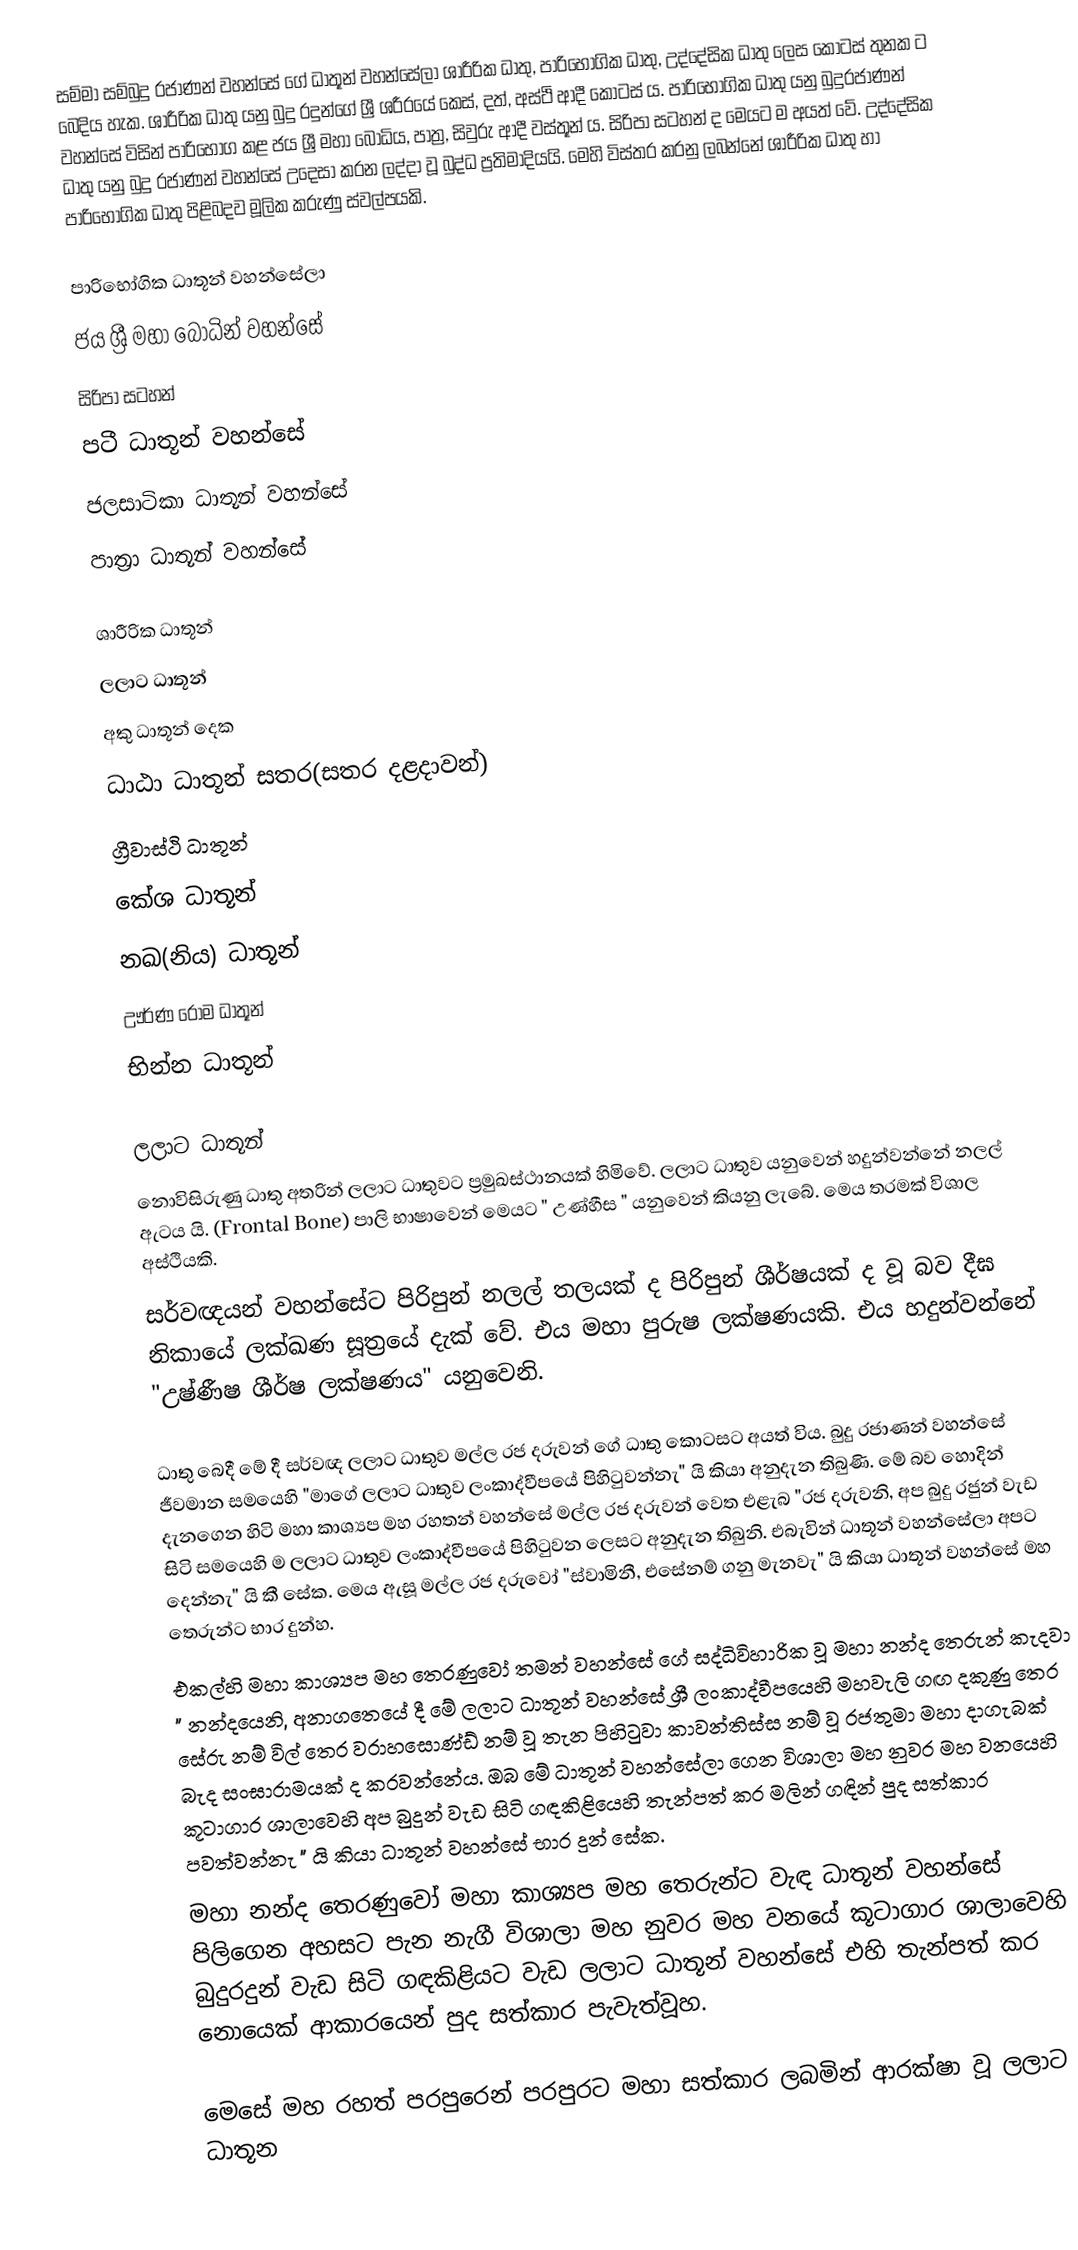
සම්මා සම්බුදු රජාණන් වහන්සේ ගේ ධාතූන් වහන්සේලා ශාරීරික ධාතු, පාරිභෝගික ධාතු, උද්දේසික ධාතු ලෙස කොටස් තුනක ට බෙදිය හැක. ශාරීරික ධාතු යනු බුදු රදුන්ගේ ශ්‍රී ශරීරයේ කෙස්, දත්, අස්ථි ආදී කොටස් ය. පාරිභෝගික ධාතු යනු බුදුරජාණන් වහන්සේ විසින් පාරිභෝග කළ ජය ශ්‍රී මහා බෝධිය, පාත්‍ර, සිවුරු ආදී වස්තූන් ය. සිරිපා සටහන් ද මෙයට ම අයත් වේ. උද්දේසික ධාතු යනු බුදු රජාණන් වහන්සේ උදෙසා කරන ලද්දා වූ බුද්ධ ප්‍රතිමාදියයි. මෙහි විස්තර කරනු ලබන්නේ ශාරීරික ධාතු හා පාරිභෝගික ධාතු පිළිබදව මූලික කරුණු ස්වල්පයකි.

පාරිභෝගික ධාතූන් වහන්සේලා
ජය ශ්‍රී මහා බෝධින් වහන්සේ
සිරිපා සටහන්
පටී ධාතූන් වහන්සේ
ජලසාටිකා ධාතූන් වහන්සේ
පාත්‍රා ධාතූන් වහන්සේ

ශාරීරික ධාතූන්
ලලාට ධාතූන්
අකු ධාතූන් දෙක
ධාඨා ධාතූන් සතර(සතර දළදාවන්)
ග්‍රීවාස්ථි ධාතූන්
කේශ ධාතූන්
නඛ(නිය) ධාතූන්
ඌර්ණ රෝම ධාතූන්
භින්න ධාතූන්

ලලාට ධාතූන්
නොවිසිරුණු ධාතු අතරින් ලලාට ධාතුවට ප්‍රමුඛස්ථානයක් හිමිවේ. ලලාට ධාතුව යනුවෙන් හදුන්වන්නේ නලල් ඇටය යි. (Frontal Bone) පාලි භාෂාවෙන් මෙයට " උණ්හීස " යනුවෙන් කියනු ලැබේ. මෙය තරමක් විශාල අස්ථියකි.
සර්වඥයන් වහන්සේට පිරිපුන් නලල් තලයක් ද පිරිපුන් ශීර්ෂයක් ද වූ බව දීඝ නිකායේ ලක්ඛණ සූත්‍රයේ දැක් වේ. එය මහා පුරුෂ ලක්ෂණයකි. එය හදුන්වන්නේ "උෂ්ණීෂ ශීර්ෂ ලක්ෂණය" යනුවෙනි.

ධාතු බෙදී මේ දී සර්වඥ ලලාට ධාතුව මල්ල රජ දරුවන් ගේ ධාතු කොටසට අයත් විය. බුදු රජාණන් වහන්සේ ජීවමාන සමයෙහි "මාගේ ලලාට ධාතුව ලංකාද්වීපයේ පිහිටුවන්නැ" යි කියා අනුදැන තිබුණි. මේ බව හොදින් දැනගෙන හිටි මහා කාශ්‍යප මහ රහතන් වහන්සේ මල්ල රජ දරුවන් වෙත එළැබ "රජ දරුවනි, අප බුදු රජුන් වැඩ සිටි සමයෙහි ම ලලාට ධාතුව ලංකාද්වීපයේ පිහිටුවන ලෙසට අනුදැන තිබුනි. එබැවින් ධාතූන් වහන්සේලා අපට දෙන්නැ" යි කී සේක. මෙය ඇසූ මල්ල රජ දරුවෝ "ස්වාමිනී, එසේනම් ගනු මැනවැ" යි කියා ධාතූන් වහන්සේ මහ තෙරුන්ට භාර දුන්හ.
එකල්හි මහා කාශ්‍යප මහ තෙරණුවෝ තමන් වහන්සේ ගේ සද්ධිවිහාරික වූ මහා නන්ද තෙරුන් කැදවා " නන්දයෙනි, අනාගතෙයේ දී මේ ලලාට ධාතූන් වහන්සේ ශ්‍රී ලංකාද්වීපයෙහි මහවැලි ගඟ දකුණු තෙර සේරු නම් විල් තෙර වරාහසොණ්ඩ් නම් වූ තැන පිහිටුවා කාවන්තිස්ස නම් වූ රජතුමා මහා දාගැබක් බැද සංඝාරාමයක් ද කරවන්නේය. ඔබ මේ ධාතූන් වහන්සේලා ගෙන විශාලා මහ නුවර මහ වනයෙහි කූටාගාර ශාලාවෙහි අප බුදුන් වැඩ සිටි ගඳකිළියෙහි තැන්පත් කර මලින් ගඳින් පුද සත්කාර පවත්වන්නැ " යි කියා ධාතූන් වහන්සේ භාර දුන් සේක.
මහා නන්ද තෙරණුවෝ මහා කාශ්‍යප මහ තෙරුන්ට වැඳ ධාතූන් වහන්සේ පිලිගෙන අහසට පැන නැගී විශාලා මහ නුවර මහ වනයේ කූටාගාර ශාලාවෙහි බුදුරදුන් වැඩ සිටි ගඳකිළියට වැඩ ලලාට ධාතූන් වහන්සේ එහි තැන්පත් කර නොයෙක් ආකාරයෙන් පුද සත්කාර පැවැත්වූහ.

මෙසේ මහ රහත් පරපුරෙන් පරපුරට මහා සත්කාර ලබමින් ආරක්ෂා වූ ලලාට ධාතූන